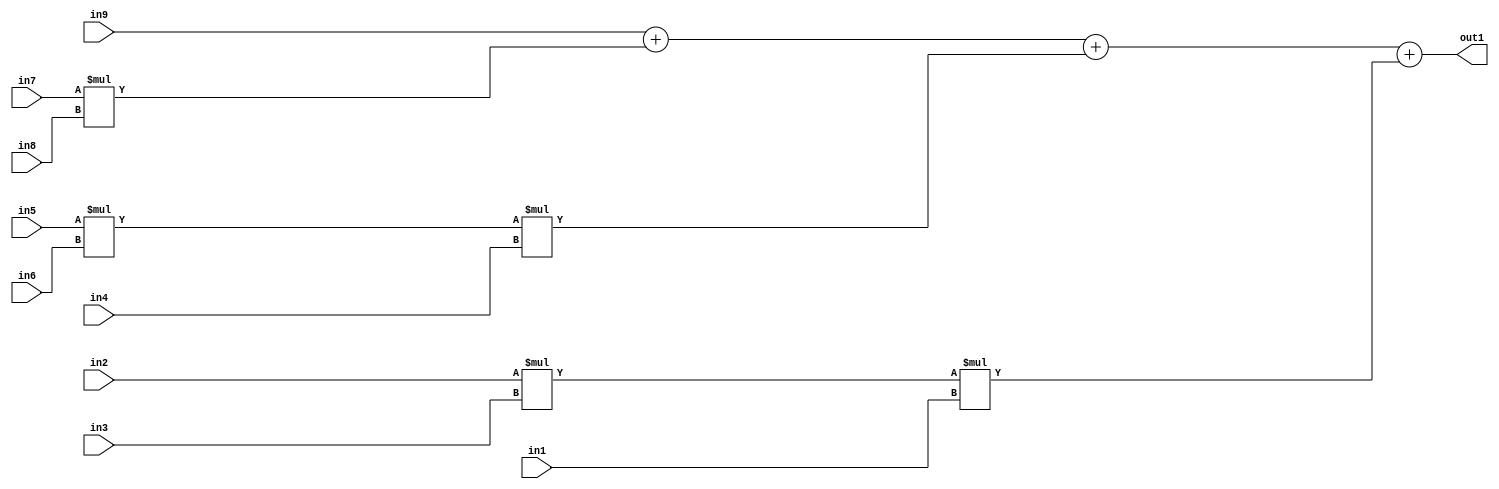
`timescale 1ps / 1ps
/*****************************************************************************
    Verilog RTL Description
    
    
    Created by: Stratus DpOpt 2019.1.01 
*******************************************************************************/

module st_weight_addr_gen_Add4Mul3u16u16u16Mul3u16u16u16Mul2u16u16u16_4_9 (
	in9,
	in8,
	in7,
	in6,
	in5,
	in4,
	in3,
	in2,
	in1,
	out1
	); /* architecture "behavioural" */ 
input [15:0] in9,
	in8,
	in7,
	in6,
	in5,
	in4,
	in3,
	in2,
	in1;
output [31:0] out1;
wire [31:0] asc001,
	asc002,
	asc003;

assign asc002 = 
	+(in5 * in6);

assign asc003 = 
	+(in2 * in3);

wire [31:0] asc001_tmp_0;
wire [31:0] asc001_tmp_1;
wire [31:0] asc001_tmp_2;
assign asc001_tmp_2 = 
	+(in9);
assign asc001_tmp_1 = asc001_tmp_2
	+(in7 * in8);
assign asc001_tmp_0 = asc001_tmp_1
	+(asc002 * in4);
assign asc001 = asc001_tmp_0
	+(asc003 * in1);

assign out1 = asc001;
endmodule

/* CADENCE  vbXwSwE= : u9/ySgnWtBlWxVPRXgAZ4Og= ** DO NOT EDIT THIS LINE ******/